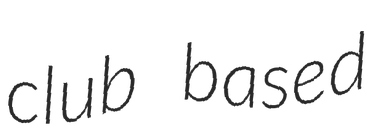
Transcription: club based